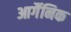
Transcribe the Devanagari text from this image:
आर्गैनिक